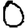
Digit: 0